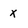
Character: x